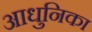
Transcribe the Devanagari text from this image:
आधुनिका